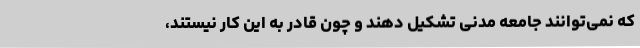
که نمی‌توانند جامعه مدنی تشکیل دهند و چون قادر به این کار نیستند،